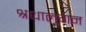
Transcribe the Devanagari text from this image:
श्रधालुगन